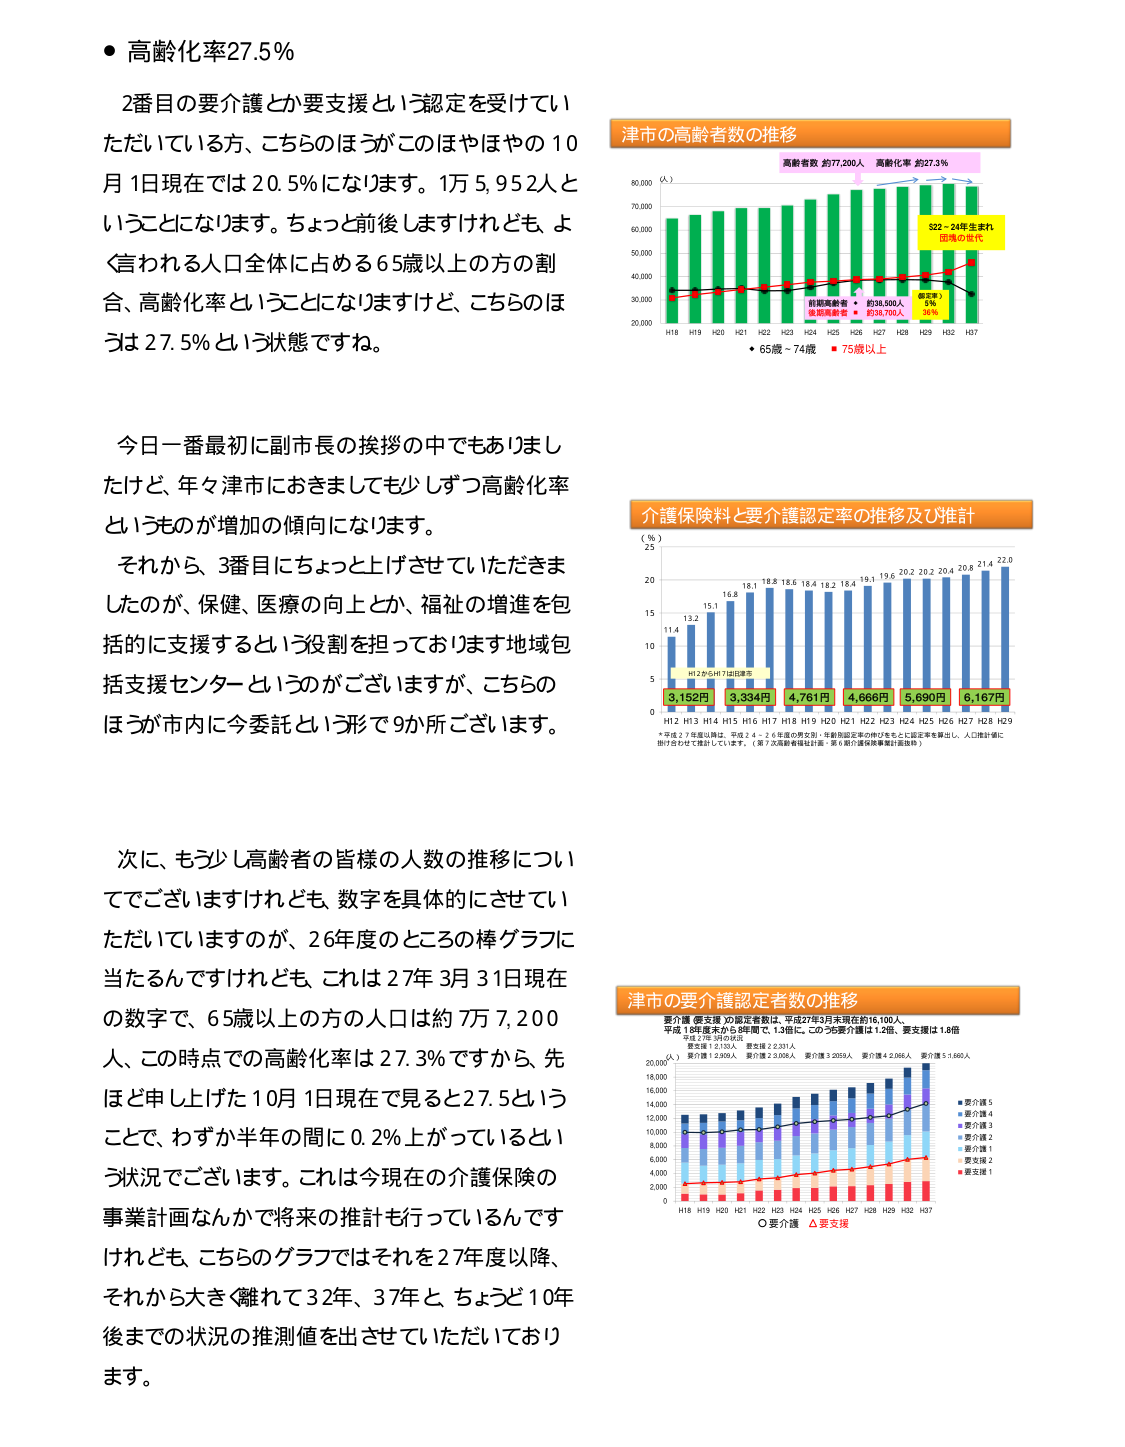
● 高齢化率27.5％

2番目の要介護とか要支援という認定を受けていただいている方、こちらのほうがこのはやはやの10月1日現在では20.5％になります。1万5,952人ということになります。ちょっと前後しますけれども、よく言われる人口全体に占める65歳以上の方の割合、高齢化率ということになりますけど、こちらのほうは27.5％という状態ですね。

今日一番最初に副市長の挨拶の中でもありましたが、年々津市におきまして多少しずつ高齢化率というものが増加の傾向になります。

それから、3番目にちょっと上げさせていただきましたのが、保健、医療の向上とか、福祉の増進を包括的に支援するという役割を担っております地域包括支援センターというのがございますが、こちらのほうが市内に今委託という形で9か所ございます。

次に、もう少し高齢者の皆様の人数の推移についてございますけれども、数字を具体的にさせていただいていますが、26年度のところの棒グラフに当たるんですけれども、これは27年3月31日現在の数字で、65歳以上の方の人口は約7万7,200人、この時点での高齢化率は27.3％ですから、先ほど申し上げた10月1日現在で見ると27.5ということで、わずか半年の間に0.2％上がっているという状況でございます。これは今現在の介護保険の事業計画なんかで将来の推計も行っているんですけれども、こちらのグラフではそれを27年度以降、それから大きく離れて32年、37年と、ちょうど10年後までの状況の推測値を出させていただいております。

津市の高齢者数の推移

高齢者数 約77,200人 高齢化率 約27.3％

（人）
80,000
70,000
60,000
50,000
40,000
30,000
20,000

H18 H19 H20 H21 H22 H23 H24 H25 H26 H27 H28 H29 H32 H37

● 65歳～74歳 ■ 75歳以上

前期高齢者 約38,500人
後期高齢者 約38,700人

（第3期）5％
36％

S22～24年生まれ
団塊の世代

介護保険料と要介護認定率の推移及び推計

（％）
25
20
15
10
5
0

H12 H13 H14 H15 H16 H17 H18 H19 H20 H21 H22 H23 H24 H25 H26 H27 H28 H29

11.4 13.2 15.1 16.8 18.1 18.8 18.6 18.4 18.2 18.4 19.1 19.6 20.2 20.2 20.4 20.8 21.4 22.0

H12からH17は四捨五入

3,152円 3,334円 4,761円 4,666円 5,690円 6,167円

*平成27年度以降は、平成24～26年度の男女別・年齢別認定率の伸び率をもとに認定率を算出し、人口推計値に掛け合わせて推計しています。（第7次高齢者福祉計画・第6期介護保険事業計画抜粋）

津市の要介護認定者数の推移

要介護（要支援）の認定者数は、平成27年3月末現在約16,100人、
平成18年度末から9年間で、1.3倍に。このうち要介護は1.2倍、要支援は1.8倍

平成27年3月31日現在
総定員：2,130人 要支援：2,231人
要介護：1,939人 要介護：2,008人 要介護：2,059人 要介護：4,266人 要介護：5,160人

（人）
20,000
18,000
16,000
14,000
12,000
10,000
8,000
6,000
4,000
2,000
0

H18 H19 H20 H21 H22 H23 H24 H25 H26 H27 H28 H29 H32 H37

○要介護 △要支援

■要介護5
■要介護4
■要介護3
■要介護2
■要介護1
■要支援2
■要支援1